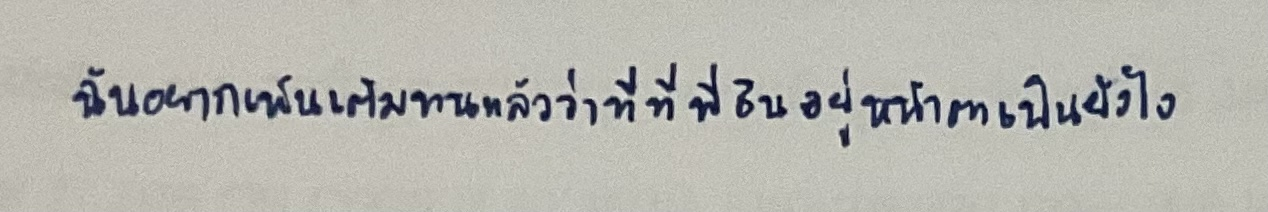
ฉันอยากเห็นเต็มทนแล้วว่าที่ที่พี่ธินอยู่หน้าตาเป็นยังไง